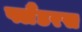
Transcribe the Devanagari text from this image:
फ्लैंडरस